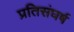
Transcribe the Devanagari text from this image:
प्रतिसंघर्ष